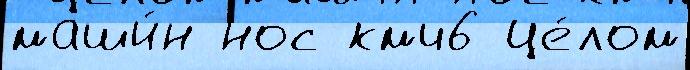
маши́н нос кмч6 це́лом